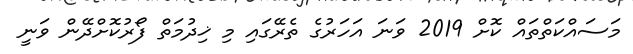
މަސައްކަތްތައް ކޮށް 2019 ވަނަ އަހަރުގެ ތެރޭގައި މި ޚިދުމަތް ފޯރުކޮށްދޭން ވަނީ